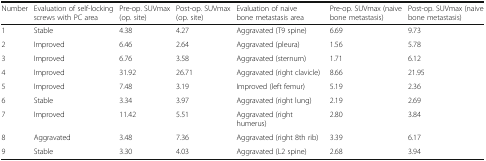
<table><thead><tr><td><b>Number</b></td><td><b>Evaluation of self-locking screws with PC area</b></td><td><b>Pre-op. SUVmax (op. site)</b></td><td><b>Post-op. SUVmax (op. site)</b></td><td><b>Evaluation of naive bone metastasis area</b></td><td><b>Pre-op. SUVmax (naive bone metastasis)</b></td><td><b>Post-op. SUVmax (naive bone metastasis)</b></td></tr></thead><tbody><tr><td>1</td><td>Stable</td><td>4.38</td><td>4.27</td><td>Aggravated (T9 spine)</td><td>6.69</td><td>9.73</td></tr><tr><td>2</td><td>Improved</td><td>6.46</td><td>2.64</td><td>Aggravated (pleura)</td><td>1.56</td><td>5.78</td></tr><tr><td>3</td><td>Improved</td><td>6.76</td><td>3.58</td><td>Aggravated (sternum)</td><td>1.71</td><td>6.12</td></tr><tr><td>4</td><td>Improved</td><td>31.92</td><td>26.71</td><td>Aggravated (right clavicle)</td><td>8.66</td><td>21.95</td></tr><tr><td>5</td><td>Improved</td><td>7.48</td><td>3.19</td><td>Improved (left femur)</td><td>5.19</td><td>2.36</td></tr><tr><td>6</td><td>Stable</td><td>3.34</td><td>3.97</td><td>Aggravated (right lung)</td><td>2.19</td><td>2.69</td></tr><tr><td>7</td><td>Improved</td><td>11.42</td><td>5.51</td><td>Aggravated (right humerus)</td><td>2.80</td><td>3.84</td></tr><tr><td>8</td><td>Aggravated</td><td>3.48</td><td>7.36</td><td>Aggravated (right 8th rib)</td><td>3.39</td><td>6.17</td></tr><tr><td>9</td><td>Stable</td><td>3.30</td><td>4.03</td><td>Aggravated (L2 spine)</td><td>2.68</td><td>3.94</td></tr></tbody></table>